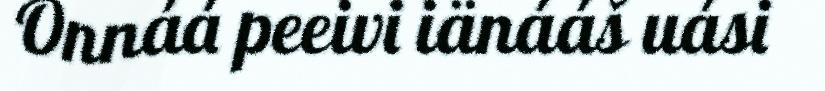
Onnáá peeivi iänááš uási